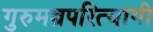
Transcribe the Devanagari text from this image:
गुरुमन्त्रपरित्यागी